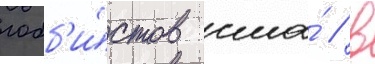
лобб'и́стов сша́ / в